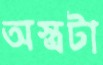
অস্ত্রটা